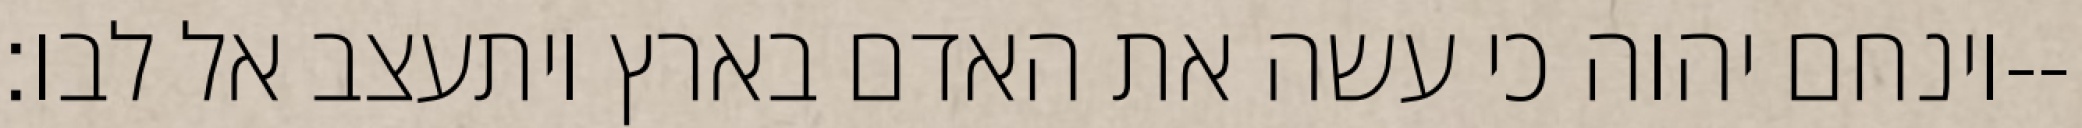
וינחם יהוה כי עשה את האדם בארץ ויתעצב אל לבו׃--